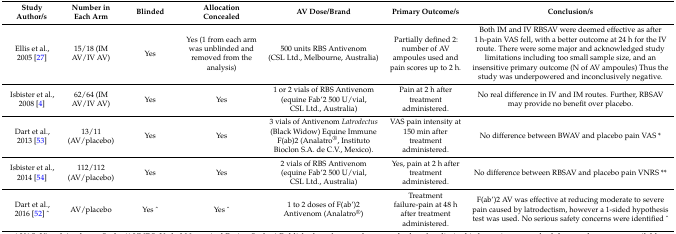
<table><thead><tr><td><b>Study Author/s</b></td><td><b>Number in Each Arm</b></td><td><b>Blinded</b></td><td><b>Allocation Concealed</b></td><td><b>AV Dose/Brand</b></td><td><b>Primary Outcome/s</b></td><td><b>Conclusion/s</b></td></tr></thead><tbody><tr><td>Ellis et al., 2005 [27]</td><td>15/18 (IM AV/IV AV)</td><td>Yes</td><td>Yes (1 from each arm was unblinded and removed from the analysis)</td><td>500 units RBS Antivenom (CSL Ltd., Melbourne, Australia)</td><td>Partially defined 2: number of AV ampoules used and pain scores up to 2 h.</td><td>Both IM and IV RBSAV were deemed effective as after 1 h-pain VAS fell, with a better outcome at 24 h for the IV route. There were some major and acknowledged study limitations including too small sample size, and an insensitive primary outcome (N of AV ampoules) Thus the study was underpowered and inconclusively negative.</td></tr><tr><td>Isbister et al., 2008 [4]</td><td>62/64 (IM AV/IV AV)</td><td>Yes</td><td>Yes</td><td>1 or 2 vials of RBS Antivenom (equine Fab’2 500 U/vial, CSL Ltd., Australia)</td><td>Pain at 2 h after treatment administered.</td><td>No real difference in IV and IM routes. Further, RBSAV may provide no benefit over placebo.</td></tr><tr><td>Dart et al., 2013 [53]</td><td>13/11 (AV/placebo)</td><td>Yes</td><td>Yes</td><td>3 vials of Antivenom <i>Latrodectus</i> (Black Widow) Equine Immune F(ab)2 (Analatro<sup>®</sup>, Instituto Bioclon S.A. de C.V., Mexico).</td><td>VAS pain intensity at 150 min after treatment administered.</td><td>No difference between BWAV and placebo pain VAS *</td></tr><tr><td>Isbister et al., 2014 [54]</td><td>112/112 (AV/placebo)</td><td>Yes</td><td>Yes</td><td>2 vials of RBS Antivenom (equine Fab’2 500 U/vial, CSL Ltd., Australia)</td><td>Yes, pain at 2 h after treatment administered.</td><td>No difference between RBSAV and placebo pain VNRS **</td></tr><tr><td>Dart et al., 2016 [52] ^</td><td>AV/placebo</td><td>Yes ^</td><td>Yes ^</td><td>1 to 2 doses of F(ab’)2 Antivenom (Analatro<sup>®</sup>)</td><td>Treatment failure-pain at 48 h after treatment administered.</td><td>F(ab’)2 AV was effective at reducing moderate to severe pain caused by latrodectism, however a 1-sided hypothesis test was used. No serious safety concerns were identified ^</td></tr></tbody></table>